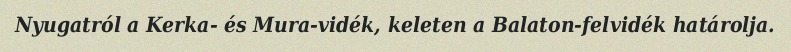
Nyugatról a Kerka- és Mura-vidék, keleten a Balaton-felvidék határolja.